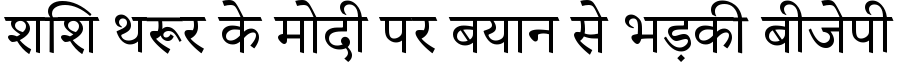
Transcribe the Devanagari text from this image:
शशि थरूर के मोदी पर बयान से भड़की बीजेपी